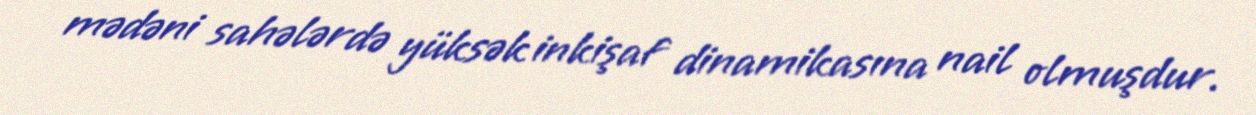
mədəni sahələrdə yüksək inkişaf dinamikasına nail olmuşdur.